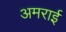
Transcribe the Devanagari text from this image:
अमराई